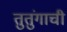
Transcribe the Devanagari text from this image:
तुतुंगाची